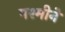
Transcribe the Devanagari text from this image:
पश्मीने